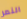
النمر